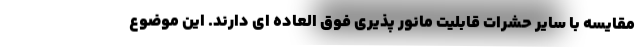
مقایسه با سایر حشرات قابلیت مانور پذیری فوق العاده ای دارند. این موضوع